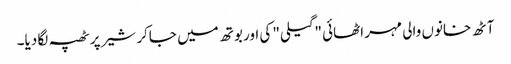
آٹھ خانوں والی مہر اٹھائی "گیلی" کی اور بوتھ میں جاکر شیر پر ٹھپہ لگا دیا۔